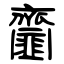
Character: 齏